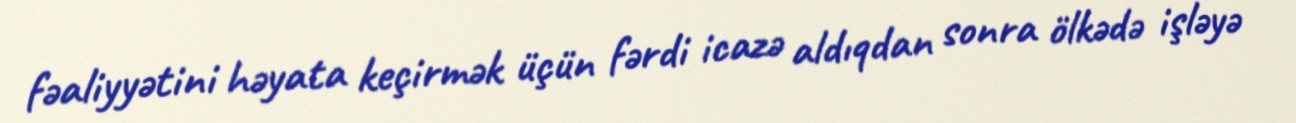
fəaliyyətini həyata keçirmək üçün fərdi icazə aldıqdan sonra ölkədə işləyə